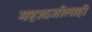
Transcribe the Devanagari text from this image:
महादजीलाही